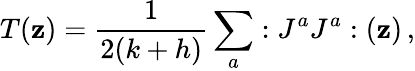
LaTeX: T(\mathbf{z})=\frac{{1}}{{2(k+h)}}\sum_{a}:J^{a}J^{a}:(\mathbf{z})\, ,